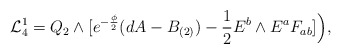
\begin{align*}{\cal L}^1_{4} =Q_{2} \wedge[e^{-{\phi \over 2}}(dA - B_{(2)}) -{1\over 2} E^b \wedge E^a F_{ab}]\Big),\end{align*}